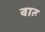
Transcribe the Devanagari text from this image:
वाठ